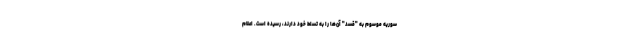
سوریه موسوم به "قسد" آن‌ها را به تسلط خود دارند، رسیده است. اعلام